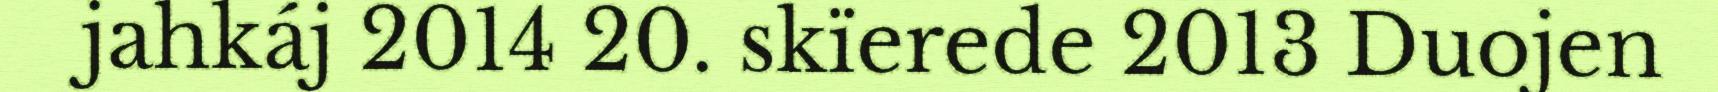
jahkáj 2014 20. skïerede 2013 Duojen